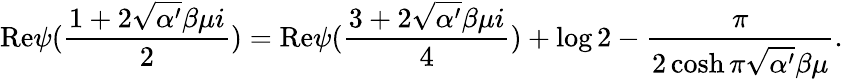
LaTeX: \mathrm{Re}\psi(\frac{1+2\sqrt{\alpha^{\prime}}\beta\mu i}{2})=\mathrm{Re}\psi(\frac{3+2\sqrt{\alpha^{\prime}}\beta\mu i}{4})+\log 2-\frac{\pi}{2\cosh\pi\sqrt{\alpha^{\prime}}\beta\mu}.